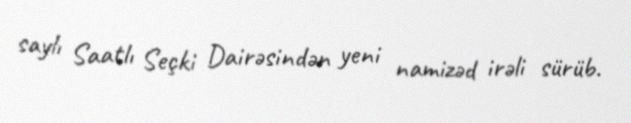
saylı Saatlı Seçki Dairəsindən yeni namizəd irəli sürüb.